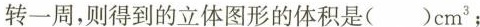
转一周，则得到的立体图形的体积是()cm^{3}；